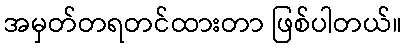
အမှတ်တရတင်ထားတာ ဖြစ်ပါတယ်။